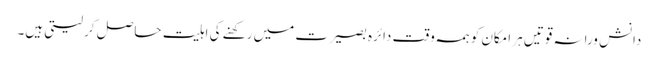
دانش ورانہ قوتیں ہر امکان کو ہمہ وقت دائرہ بصیرت میں رکھنے کی اہلیت حاصل کر لیتی ہیں۔